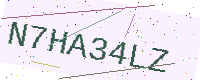
Text: N7HA34LZ